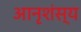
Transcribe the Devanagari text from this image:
आनृशंस्य